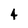
Character: 4